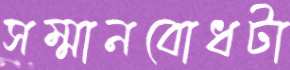
সম্মানবোধটা